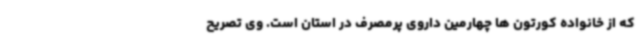
که از خانواده کورتون ها چهارمین داروی پرمصرف در استان است. وی تصریح